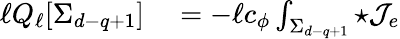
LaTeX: \begin{array}{rl}{\ell Q_{\ell}[\Sigma_{d-q+1}]}&{{}=-\ell c_{\phi}\int_{\Sigma_{d-q+1}}{\star{\cal J}_{e}}}\end{array}